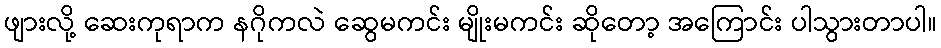
ဖျားလို့ ဆေးကုရာက နဂိုကလဲ ဆွေမကင်း မျိုးမကင်း ဆိုတော့ အကြောင်း ပါသွားတာပါ။